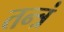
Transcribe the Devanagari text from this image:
तन्त्रं